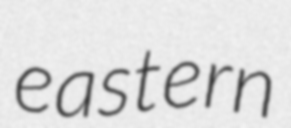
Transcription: eastern